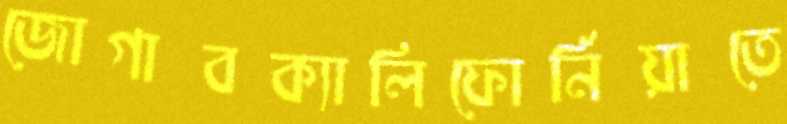
জোগাবক্যালিফোর্নিয়াতে